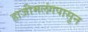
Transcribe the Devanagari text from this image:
हाजीमलंगपासून